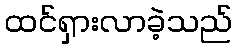
ထင်ရှားလာခဲ့သည်